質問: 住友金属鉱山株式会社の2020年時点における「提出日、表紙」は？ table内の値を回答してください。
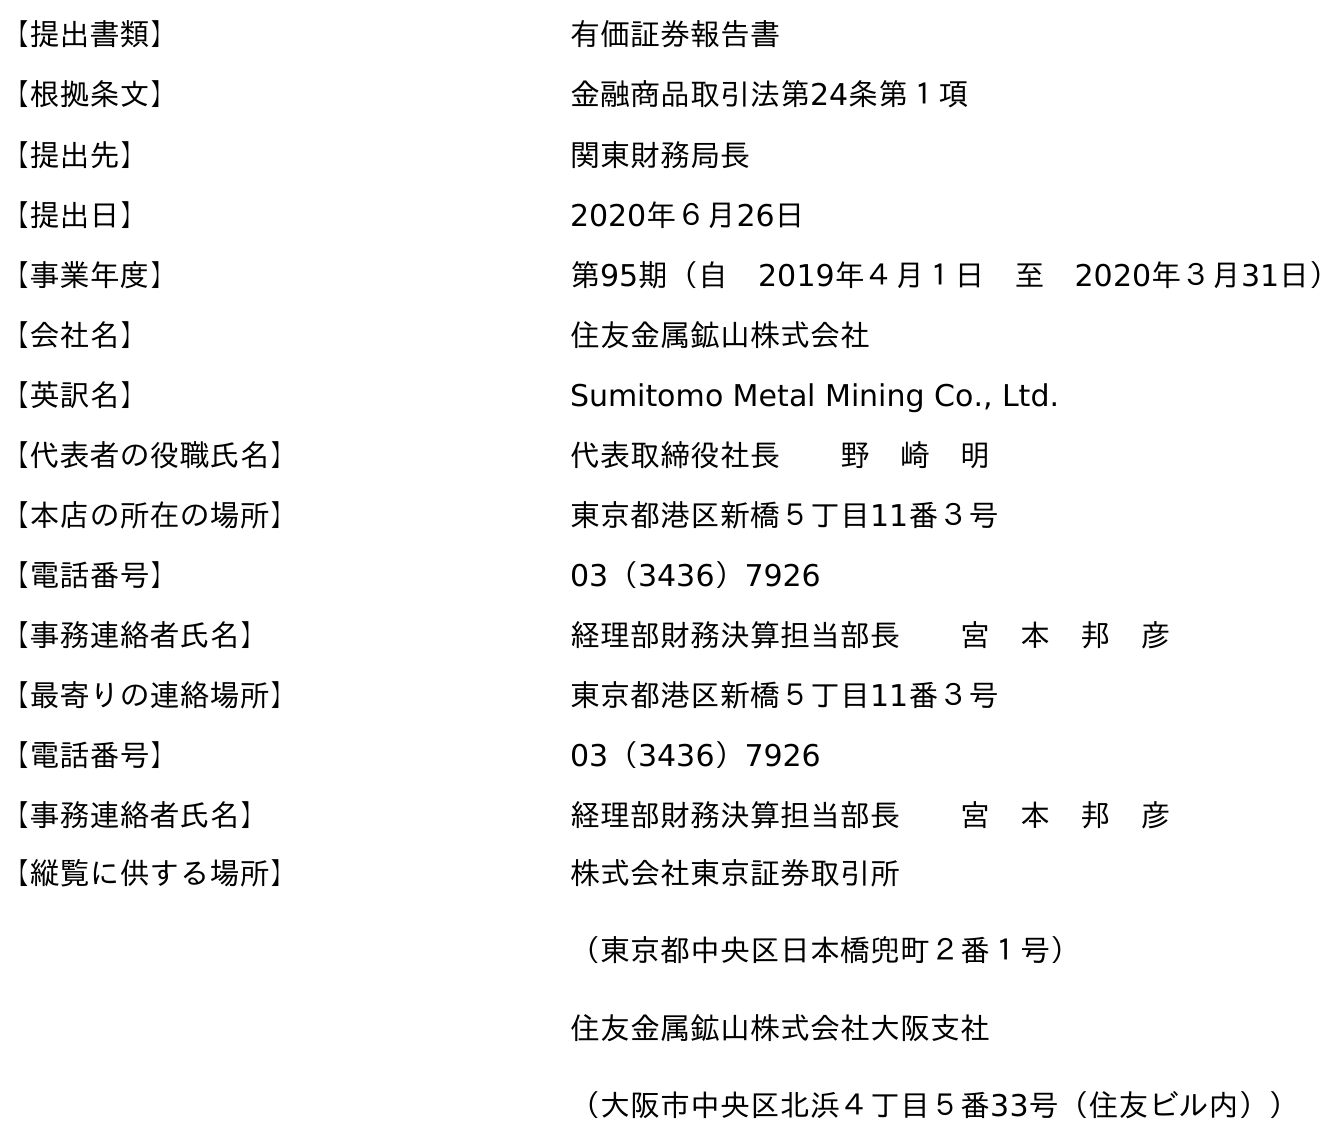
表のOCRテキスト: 【提出書類】 有価証券報告書 【根拠条文】 金融商品取引法第24条第１項 【提出先】 関東財務局長 【提出日】 2020年６月26日 【事業年度】 第95期（自 2019年４月１日 至 2020年３月31日） 【会社名】 住友金属鉱山株式会社 【英訳名】 Sumitomo Metal Mining Co., Ltd. 【代表者の役職氏名】 代表取締役社長  野 崎 明 【本店の所在の場所】 東京都港区新橋５丁目11番３号 【電話番号】 03（3436）7926 【事務連絡者氏名】 経理部財務決算担当部長  宮 本 邦 彦 【最寄りの連絡場所】 東京都港区新橋５丁目11番３号 【電話番号】 03（3436）7926 【事務連絡者氏名】 経理部財務決算担当部長  宮 本 邦 彦 【縦覧に供する場所】 株式会社東京証券取引所 （東京都中央区日本橋兜町２番１号） 住友金属鉱山株式会社大阪支社 （大阪市中央区北浜４丁目５番33号（住友ビル内））
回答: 2020年６月26日